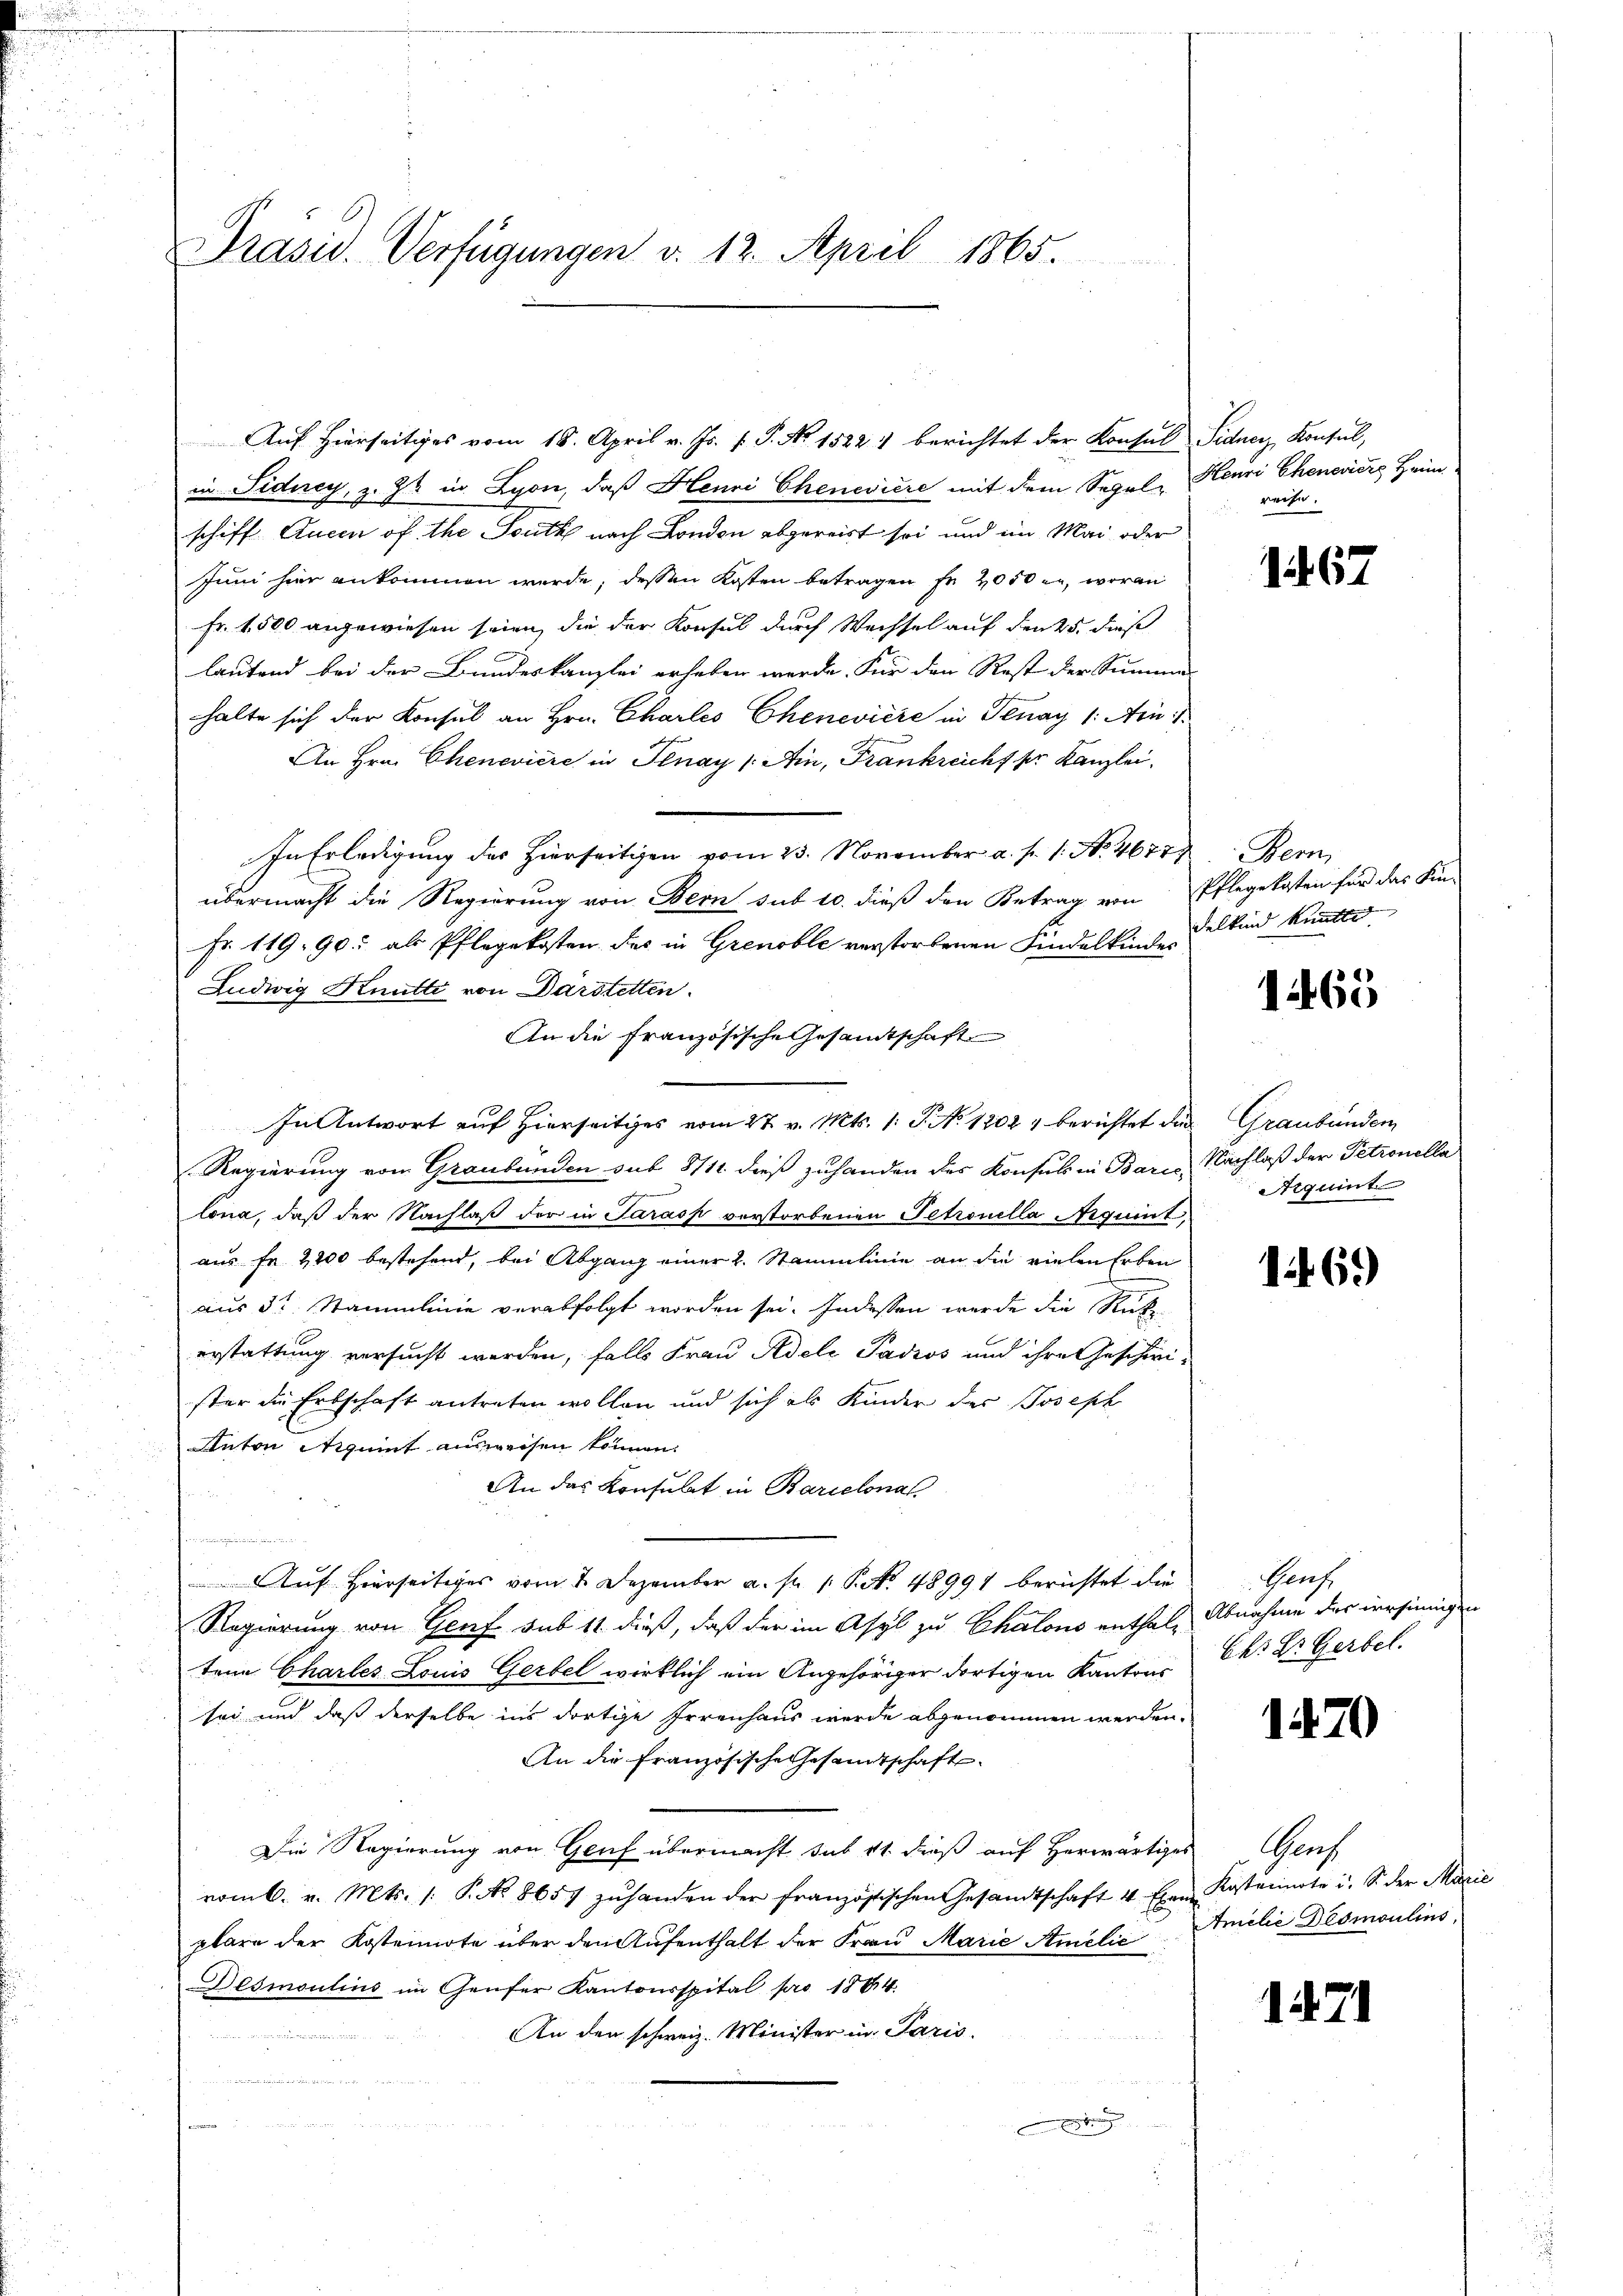
Prasiv. Verfügungen v. 12. April 1865.

Auf hierseitiges vom 18. April v. Js. f. P. Nr. 15221 berichtet der Konsul Sidner Konsul,
in Sidney, z. Z. in Lyon, daß Henri Chenevière mit dem Segel, Henri Cheneviere Heim-
schiff Anein of the South nach London abgereist sei und im Mai oder
Juni hier ankommen werde, dessen Kosten betragen fr 2050 er, woran
Fr. 1500 angewiesen seien, die der Konsul durch Wechsel auf den 25. dieß
lautend bei der Bundeskanzlei erheben werde. Für den Rest der Summen-
halte sich der Konsul an Hrn. Charles Chenevière in Tenay 1: Uri
An Hrn. Chenevière in Plnay /: Ain, Frankreicht pr. Kanzlei.
In Erledigung des Hierseitigen vom 23. November a. p. 1. No. 4677
übermacht die Regierung von Bern sub 10. dieß den Betrag von Pflegekosten für das Kin-
Fr. 119, 90, als Pflegekosten des in Grenoble verstorbenen Kindelkinde delkind kannte.
Ludwig Knütte von Darstetten.
An die Französische Gesandtschaft
In Antwort auf Hierseitiges vom 27. v. Mts. 1. P. No 12021 berichtet die
Regierung vom Graubünden sub 8/11 dieß zuhanden des Konsuls in Baris, Nachlaß der Petronella
lona, daß der Nachlaß der in Sarasp verstorbenen Petronella quint
aus Fr. 2200 bestehend, bei Abgang einer 2. Stammlinie an die vielen Erben
aus 3 Stammlinie verabfolgt worden sei. Indessen werde die Rückerstattung versucht werden, falls Frau Adeli Padios und ihre Geschirister die Erbschaft antreten wollen und sich als Kinder der Joseph
Anton Niquint ausweisen können.
An das Konsulat in Barcelonal
w
 Auf Herrseitiges vom 2. Dezember a. p. 1. P. Nr. 48991 berichtet die
Regierung von Genf sub 11 dieß, daß der im Asyl zu Chalons enthale Abnahme des versinnigen
tene Charles Louis Gerbel wirklich ein Angehöriger dortigen Kantons Ck: Dr. Gerbel.
sei und daß derselbe ins dortige Irrenhaus werde abgenommen werden.
An die französische Gesamtschaft
Die Regierung von Genf übermacht sub 11. dieß auf Herwärtiges Genf
vom 6. v. Mts. /: P. No 8657 zŭhanden der französischen Gesandtschaft 4 an Kostennote i. S. der Marie
plare der Kostennote über den Aufenthalt der Frau Marie Amelić. Amilie Desmoulins,
Desmoulins im Genfer Kantonsspital pro 1884.
An den schweiz. Minister in Paris.
u
e

reife.

167

Bern

1465

Graubünden
Aquint

1469)

Graf

1470

171